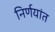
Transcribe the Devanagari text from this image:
निर्णयांत